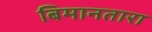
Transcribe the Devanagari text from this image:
बिमानतारा